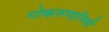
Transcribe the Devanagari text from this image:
गोकरुणानिधी